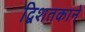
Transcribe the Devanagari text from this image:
द्विशतकाने